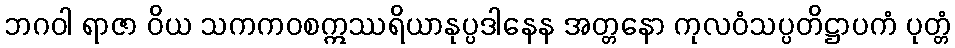
ဘဂဝါ ရာဇာ ဝိယ သကကဝစဣဿရိယာနုပ္ပဒါနေန အတ္တနော ကုလဝံသပ္ပတိဋ္ဌာပကံ ပုတ္တံ